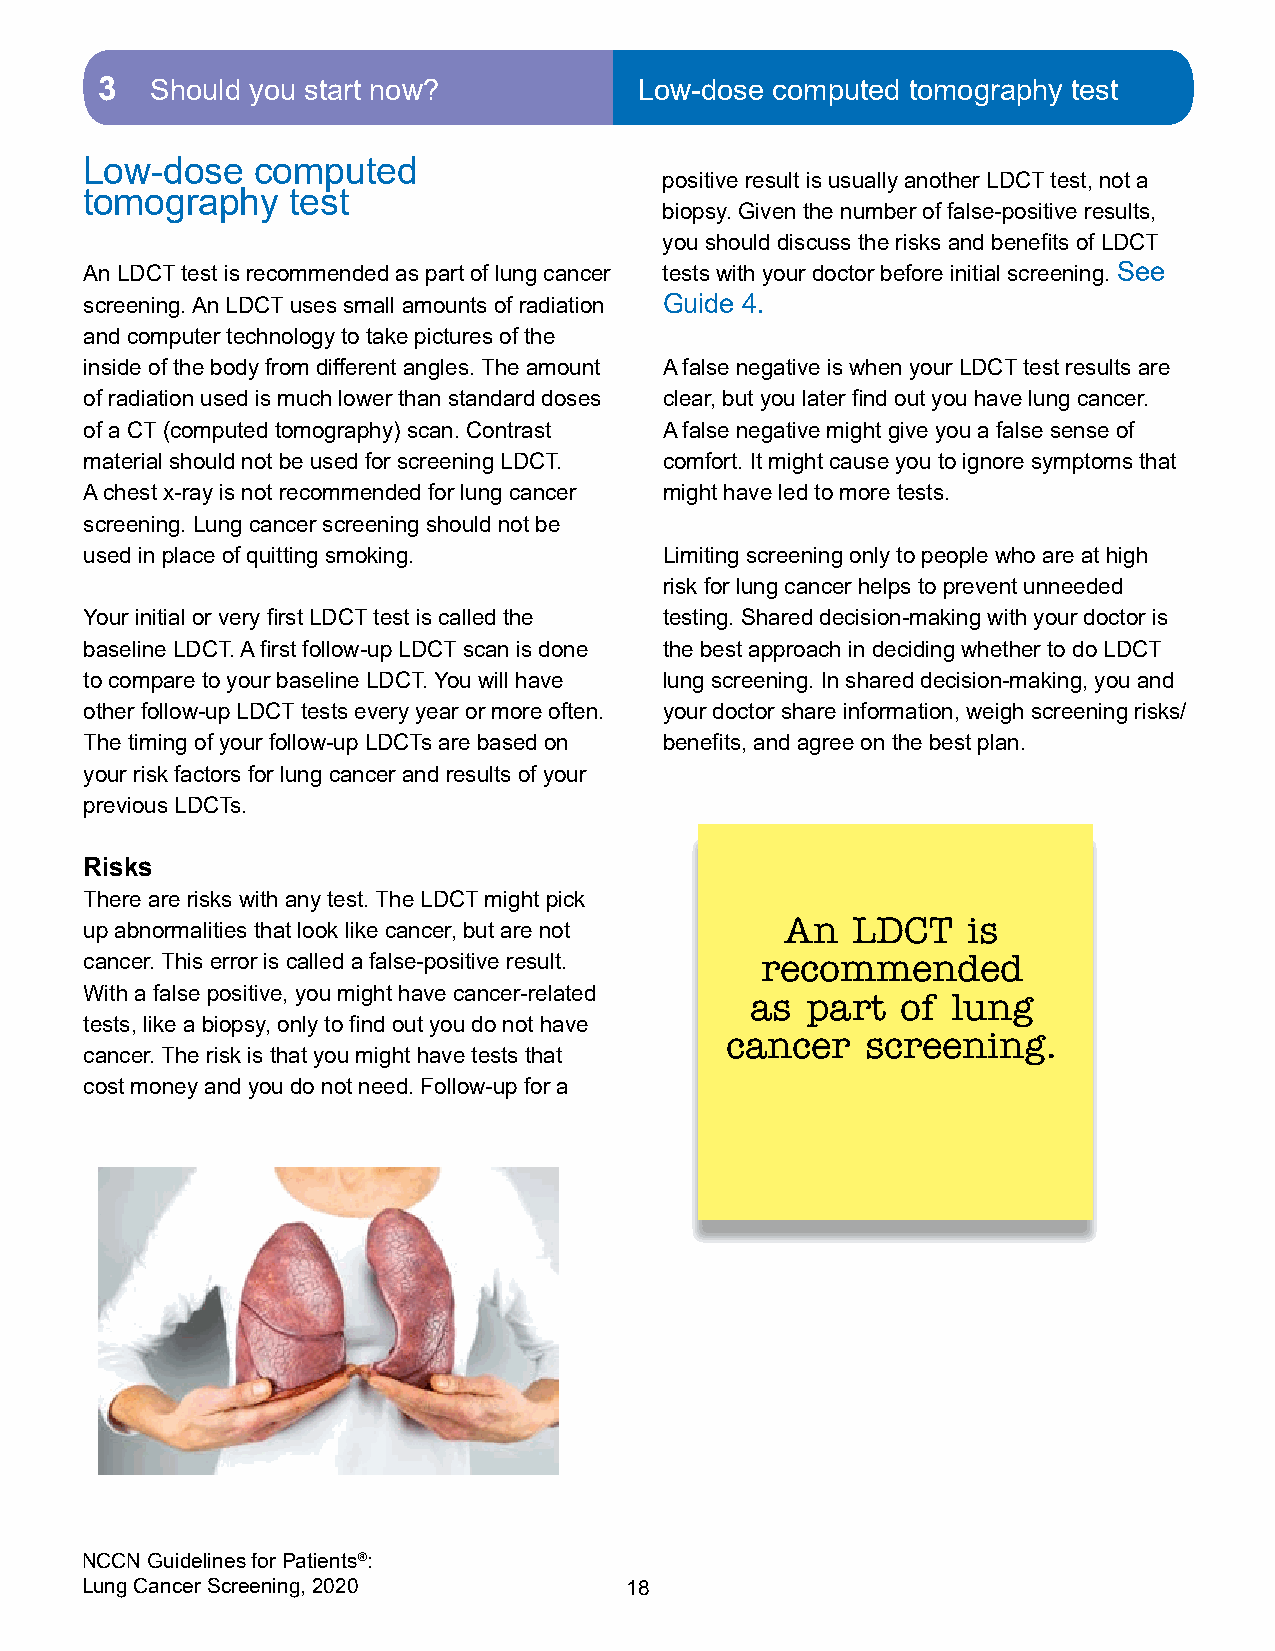
3  Should you start now?           Low-dose computed tomography test
 Low-dose   computed
 positive result is usually another LDCT test, not a
 tomography   test
 biopsy. Given the number of false-positive results,
 you should discuss the risks and benefits of LDCT
 An LDCT test is recommended as part of lung cancer tests with your doctor before initial screening. See
 screening. An LDCT uses small amounts of radiation Guide 4.
 and computer technology to take pictures of the
 inside of the body from different angles. The amount A false negative is when your LDCT test results are
 of radiation used is much lower than standard doses clear, but you later find out you have lung cancer.
 of a CT (computed tomography) scan. Contrast A false negative might give you a false sense of
 material should not be used for screening LDCT. comfort. It might cause you to ignore symptoms that
 A chest x-ray is not recommended for lung cancer might have led to more tests.
 screening. Lung cancer screening should not be
 used in place of quitting smoking.    Limiting screening only to people who are at high
 risk for lung cancer helps to prevent unneeded
 Your initial or very first LDCT test is called the testing. Shared decision-making with your doctor is
 baseline LDCT. A first follow-up LDCT scan is done the best approach in deciding whether to do LDCT
 to compare to your baseline LDCT. You will have lung screening. In shared decision-making, you and
 other follow-up LDCT tests every year or more often. your doctor share information, weigh screening risks/
 The timing of your follow-up LDCTs are based on benefits, and agree on the best plan.
 your risk factors for lung cancer and results of your
 previous LDCTs.
 Risks
 There are risks with any test. The LDCT might pick
 An  LDCT    is
 up abnormalities that look like cancer, but are not
 cancer. This error is called a false-positive result. recommended
 With a false positive, you might have cancer-related
 as part   of lung
 tests, like a biopsy, only to find out you do not have
 cancer   screening.
 cancer. The risk is that you might have tests that
 cost money and you do not need. Follow-up for a
 NCCN Guidelines for Patients®:
 Lung Cancer Screening, 2020         18